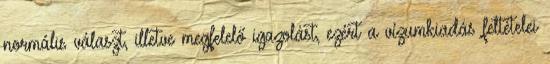
normális választ, illetve megfelelő igazolást, ezért a vízumkiadás feltételei